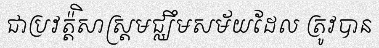
ជាប្រវត្ត៉ិសាស្ត្រមជ្ឈឹមសម័យដែល ត្រូវបាន